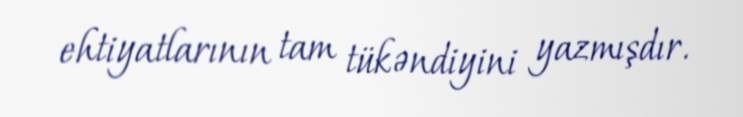
ehtiyatlarının tam tükəndiyini yazmışdır.